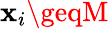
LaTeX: \mathbf{x}_{i}\geqM